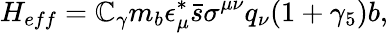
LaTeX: H_{eff}=\mathbb{C}_{\gamma}m_{b}\epsilon_{\mu}^{*}\bar{{s}}\sigma^{\mu\nu}q_{\nu}(1+\gamma_{5})b,